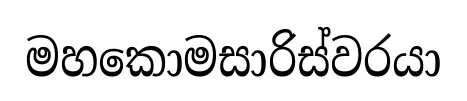
මහකොමසාරිස්වරයා